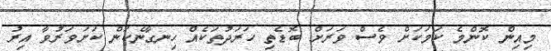
މިއިން ކޮންމެ ކަމަކަށް ވެސް ވަރަށް ބޮޑެތި ހަރަދުތަކެއް ހިނގާނެކަން ކަށަވަރުވާ އިރު